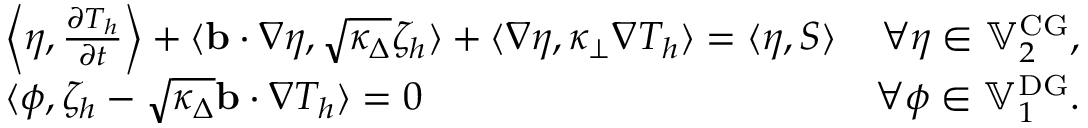
\begin{array} { r l r } & { \left\langle \eta , \frac { \partial T _ { h } } { \partial t } \right\rangle + \langle \mathbf { b } \cdot \nabla \eta , \sqrt { \kappa _ { \Delta } } \zeta _ { h } \rangle + \langle \nabla \eta , \kappa _ { \perp } \nabla T _ { h } \rangle = \langle \eta , S \rangle } & { \forall \eta \in \mathbb { V } _ { 2 } ^ { \mathrm { C G } } , } \\ & { \langle \phi , \zeta _ { h } - \sqrt { \kappa _ { \Delta } } \mathbf { b } \cdot \nabla T _ { h } \rangle = 0 } & { \forall \phi \in \mathbb { V } _ { 1 } ^ { \mathrm { D G } } . } \end{array}